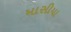
માસીયા